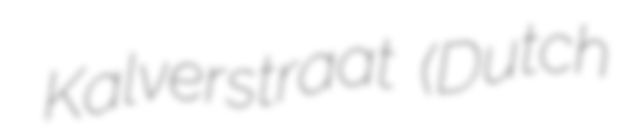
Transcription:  Kalverstraat (Dutch